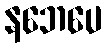
နဘေပေ